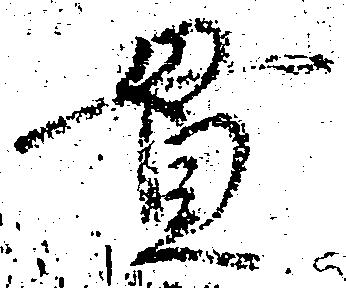
貫